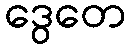
ဒွေတေ